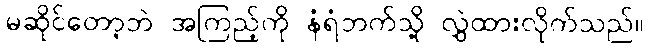
မဆိုင်တော့ဘဲ အကြည့်ကို နံရံဘက်သို့ လွှဲထားလိုက်သည်။